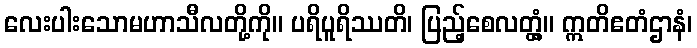
လေးပါးသောမဟာသီလတို့ကို။ ပရိပူရိဿတိ၊ ပြည့်စေလတ္တံ့။ ဣတိဧတံဌာနံ၊